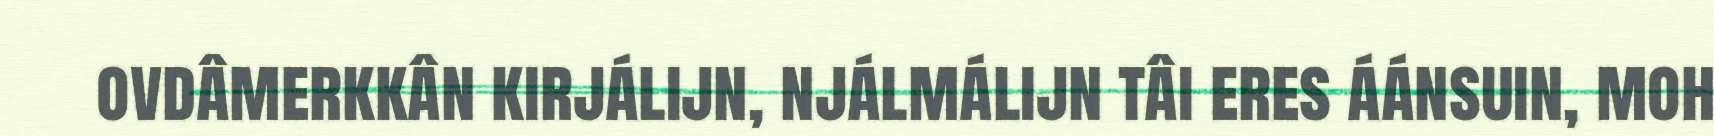
ovdâmerkkân kirjálijn, njálmálijn tâi eres áánsuin, moh